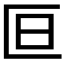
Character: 𫧍